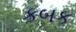
કબક